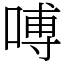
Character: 㗘